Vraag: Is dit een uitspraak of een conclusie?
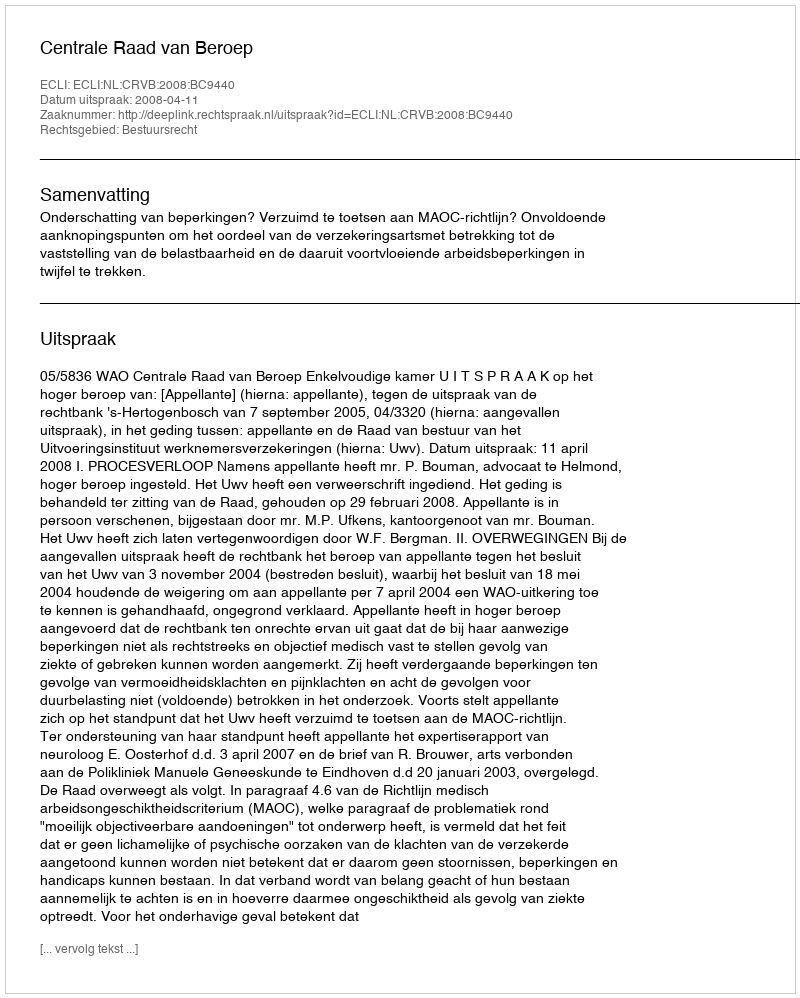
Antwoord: Uitspraak